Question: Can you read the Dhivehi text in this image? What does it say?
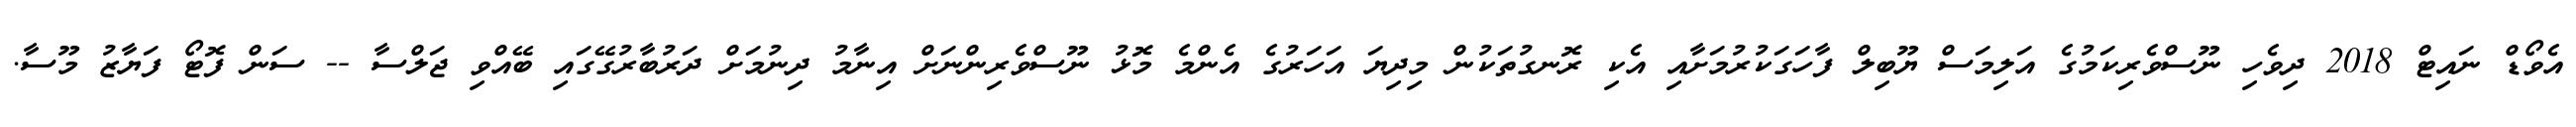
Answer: އެވޯޑް ނައިޓް 2018 ދިވެހި ނޫސްވެރިކަމުގެ އަލިމަސް ޔޫބިލް ފާހަގަކުރުމަށާއި އެކި ރޮނގުތަކުން މިދިޔަ އަހަރުގެ އެންމެ މޮޅު ނޫސްވެރިންނަށް އިނާމު ދިނުމަށް ދަރުބާރުގޭގައި ބޭއްވި ޖަލްސާ -- ސަން ފޮޓޯ ފަޔާޒު މޫސާ.